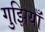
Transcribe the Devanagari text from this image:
गुझियाँ